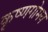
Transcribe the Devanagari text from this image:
कृष्णगोमय